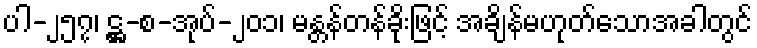
ပါ-၂၅၇၊ ဋ္ဌ-စ-အုပ်-၂၀၁၊ မန္တန်တန်ခိုးဖြင့် အချိန်မဟုတ်သောအခါတွင်